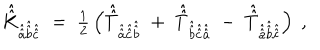
\hat { \hat { K } } _ { \hat { \hat { a } } \hat { \hat { b } } \hat { \hat { c } } } \; = \; { \textstyle \frac { 1 } { 2 } } \left( \hat { \hat { T } } _ { \hat { \hat { a } } \hat { \hat { c } } \hat { \hat { b } } } \; + \; \hat { \hat { T } } _ { \hat { \hat { b } } \hat { \hat { c } } \hat { \hat { a } } } \; - \; \hat { \hat { T } } _ { \hat { \hat { a } } \hat { \hat { b } } \hat { \hat { c } } } \right) \; ,